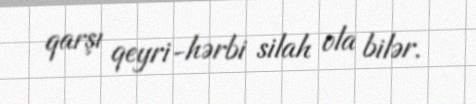
qarşı qeyri-hərbi silah ola bilər.